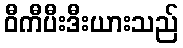
ဝီကီပီးဒီးယားသည်